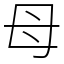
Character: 母